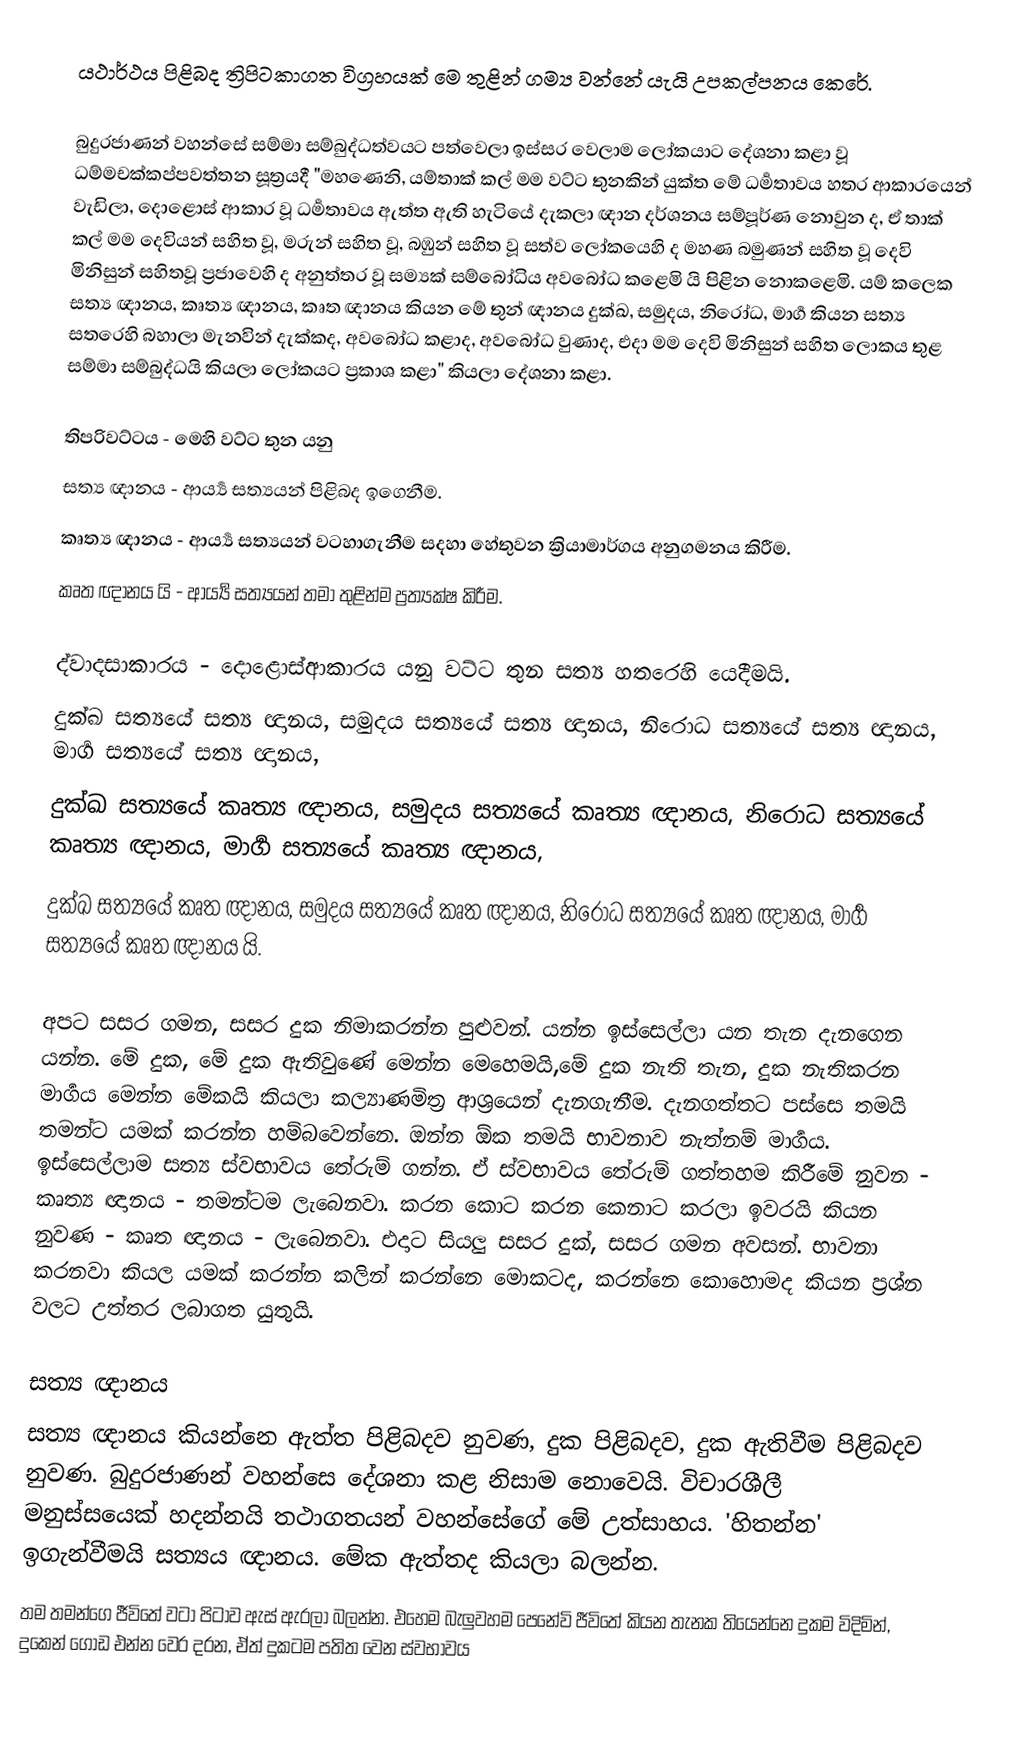
යථාර්ථය පිළිබද ත්‍රිපිටකාගත විග්‍රහයක් මෙ තුළින් ගම්‍ය වන්නේ යැයි උපකල්පනය කෙරේ.

බුදුරජාණන් වහන්සේ සම්මා සම්බුද්ධත්වයට පත්වෙලා ඉස්සර වෙලාම ලෝකයාට දේශනා කළා වූ  ධම්මචක්කප්පවත්තන සූත්‍රයදී "මහණෙනි, යම්තාක් කල් මම වට්ට තුනකින් යුක්ත මේ ධර්‍මතාවය හතර ආකාරයෙන් වැඩිලා, දොළොස් ආකාර වූ ධර්‍මතාවය ඇත්ත ඇති හැටියේ දැකලා ඥාන දර්ශනය සම්පූර්ණ නොවුන ද, ඒ තාක් කල් මම දෙවියන් සහිත වූ, මරුන් සහිත වූ, බඹුන් සහිත වූ සත්ව ලෝකයෙහි ද මහණ බමුණන් සහිත වූ දෙවි මිනිසුන් සහිතවූ ප්‍රජාවෙහි ද අනුත්තර වූ සම්‍යක් සම්බෝධිය අවබෝධ කළෙමි යි පිළින නොකළෙමි. යම් කලෙක සත්‍ය ඥානය, කෘත්‍ය ඥානය, කෘත ඥානය කියන මේ තුන් ඥානය දුක්ඛ, සමුදය, නිරෝධ, මාර්‍ග කියන සත්‍ය සතරෙහි බහාලා මැනවින් දැක්කද, අවබෝධ කළාද, අවබෝධ වුණාද, එදා මම දෙවි මිනිසුන් සහිත ලොකය තුළ සම්මා සම්බුද්ධයි කියලා ලෝකයට ප්‍රකාශ කළා" කියලා දේශනා කළා.

තිපරිවට්ටය - මෙහි වට්ට තුන යනු
 සත්‍ය ඥානය - ආර්‍ය්‍ය සත්‍යයන් පිළිබද ඉගෙනීම.
 කෘත්‍ය ඥානය - ආර්‍ය්‍ය සත්‍යයන් වටහාගැනීම සදහා හේතුවන ක්‍රියාමාර්ගය අනුගමනය කිරීම.
 කෘත ඥානය යි - ආර්‍ය්‍ය සත්‍යයන් තමා තුළින්ම ප්‍රත්‍යක්ෂ කිරීම.

ද්වාදසාකාරය - දොළොස්ආකාරය යනු වට්ට තුන සත්‍ය හතරෙහි යෙදීමයි.
 දුක්ඛ සත්‍යයේ සත්‍ය ඥානය,    සමුදය සත්‍යයේ සත්‍ය ඥානය,     නිරොධ සත්‍යයේ සත්‍ය ඥානය,    මාර්‍ග සත්‍යයේ සත්‍ය ඥානය,
 දුක්ඛ සත්‍යයේ කෘත්‍ය ඥානය,  සමුදය සත්‍යයේ කෘත්‍ය ඥානය,  නිරොධ සත්‍යයේ කෘත්‍ය ඥානය,  මාර්‍ග සත්‍යයේ කෘත්‍ය ඥානය,
 දුක්ඛ සත්‍යයේ කෘත ඥානය,    සමුදය සත්‍යයේ කෘත ඥානය,     නිරොධ සත්‍යයේ කෘත ඥානය,    මාර්‍ග සත්‍යයේ කෘත ඥානය යි.

අපට සසර ගමන, සසර දුක නිමාකරන්න පුළුවන්. යන්න ඉස්සෙල්ලා යන තැන දැනගෙන යන්න. මේ දුක, මේ දුක ඇතිවුණේ මෙන්න මෙහෙමයි,මේ දුක නැති තැන, දුක නැතිකරන මාර්‍ගය මෙන්න මේකයි කියලා කල්‍යාණමිත්‍ර ආශ්‍රයෙන් දැනගැනීම. දැනගත්තට පස්සෙ තමයි තමන්ට යමක් කරන්න හම්බවෙන්නෙ. ඔන්න ඕක තමයි භාවනාව නැත්නම් මාර්‍ගය. ඉස්සෙල්ලාම සත්‍ය ස්වභාවය තේරුම් ගන්න. ඒ ස්වභාවය තේරුම් ගත්තහම කිරීමේ නුවන - කෘත්‍ය ඥානය - තමන්ටම ලැබෙනවා. කරන කොට කරන කෙනාට කරලා ඉවරයි කියන නුවණ - කෘත ඥානය - ලැබෙනවා. එදාට සියලු සසර දුක්, සසර ගමන අවසන්. භාවනා කරනවා කියල යමක් කරන්න කලින් කරන්නෙ මොකටද, කරන්නෙ කොහොමද කියන ප්‍රශ්න වලට උත්තර ලබාගත යුතුයි.

සත්‍ය ඥානය
 සත්‍ය ඥානය කියන්නෙ ඇත්ත පිළිබදව නුවණ, දුක පිළිබදව, දුක ඇතිවීම පිළිබදව නුවණ. බුදුරජාණන් වහන්සෙ දේශනා කළ නිසාම නොවෙයි. විචාරශීලී මනුස්සයෙක් හදන්නයි තථාගතයන් වහන්සේගේ මේ උත්සාහය. 'හිතන්න' ඉගැන්වීමයි සත්‍යය ඥානය. මේක ඇත්තද කියලා බලන්න.
 තම තමන්ගෙ ජීවිතේ වටා පිටාව ඇස් ඇරලා බලන්න. එහෙම බැලුවහම පෙනේවි ජීවිතේ කියන තැනක තියෙන්නෙ දුකම විදිමින්, දුකෙන් ගොඩ එන්න වෙර දරන, ඒත් දුකටම පතිත වෙන ස්වභාවය